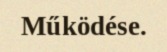
Működése.